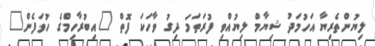
ލިޔުންތެރިޔާ އަހުމަދު ޝިޔާމް ލިޔުއްވި ފުރަތަމަ ދިގު ވާހަކަ ފޮތް "އިބުރާހިމްގެ ހުވަފެން"